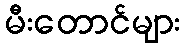
မီးတောင်များ